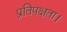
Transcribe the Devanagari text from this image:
प्रतिपक्षता।